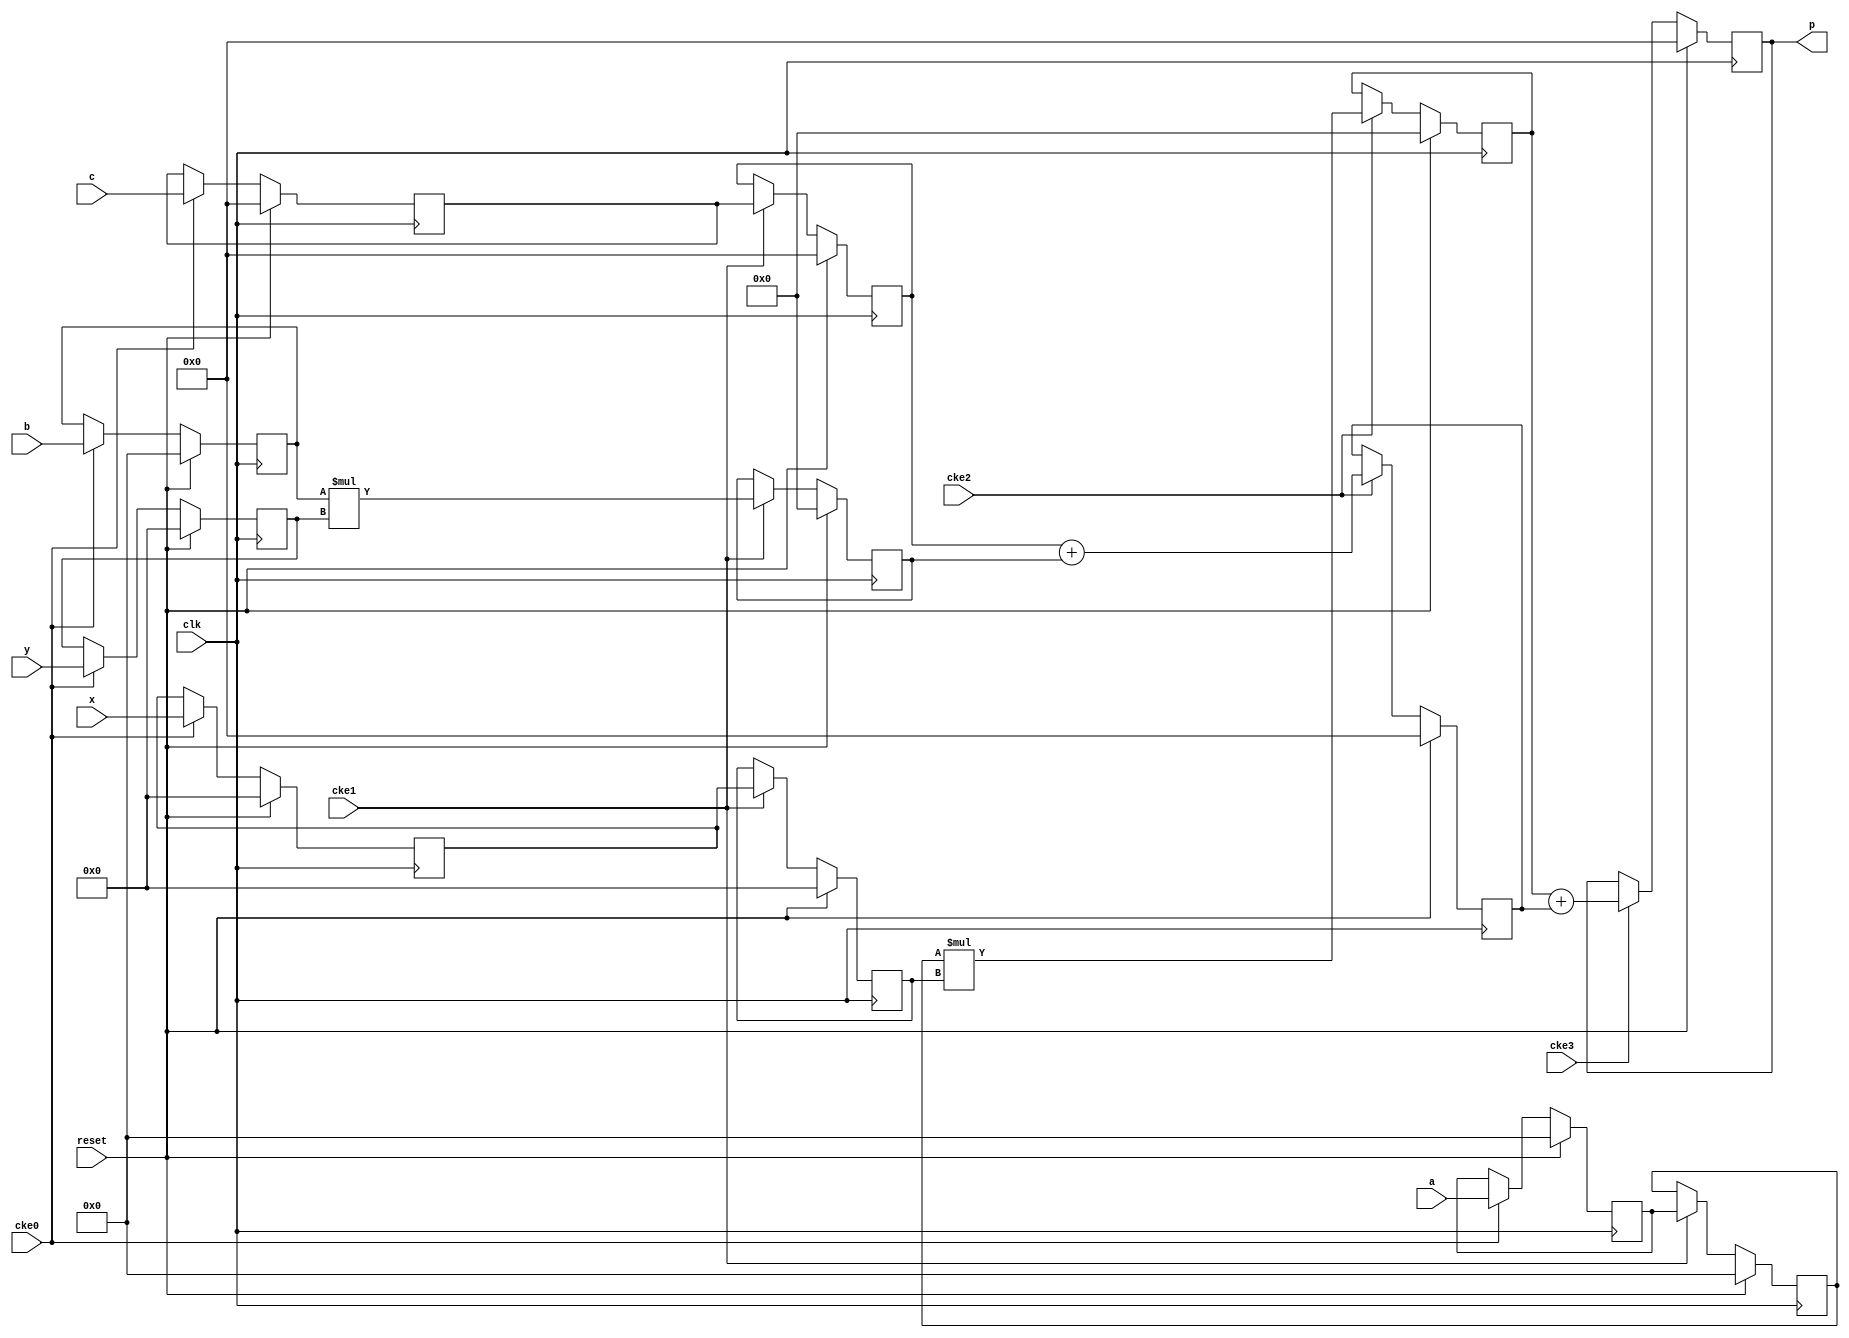
// ---------------------------------------------------------------------------
//  Jelly  -- The platform for real-time computing
//
//                                 Copyright (C) 2008-2016 by Ryuji Fuchikami
//                                 https://github.com/ryuz/jelly.git
// ---------------------------------------------------------------------------



`timescale 1ns / 1ps
`default_nettype none


// a*x + b*y + c
module jelly_mul_add2
        #(
            parameter   A_WIDTH      = 25,
            parameter   B_WIDTH      = 25,
            parameter   C_WIDTH      = 48,
            parameter   X_WIDTH      = 18,
            parameter   Y_WIDTH      = 18,
            parameter   P_WIDTH      = 48,
            parameter   STATIC_COEFF = 0,       // no dynamic change A,B,C
            parameter   DEVICE       = "RTL"    // "RTL" or "7SERIES"
        )
        (
            input   wire                            reset,
            input   wire                            clk,
            input   wire                            cke0,
            input   wire                            cke1,
            input   wire                            cke2,
            input   wire                            cke3,
            
            input   wire    signed  [A_WIDTH-1:0]   a,
            input   wire    signed  [B_WIDTH-1:0]   b,
            input   wire    signed  [C_WIDTH-1:0]   c,
            input   wire    signed  [X_WIDTH-1:0]   x,
            input   wire    signed  [Y_WIDTH-1:0]   y,
            
            output  wire    signed  [P_WIDTH-1:0]   p
        );
    
    localparam  MX_WIDTH = A_WIDTH + X_WIDTH;
    localparam  MY_WIDTH = B_WIDTH + Y_WIDTH;
    
    
    generate
    if ( DEVICE == "VIRTEX6" || DEVICE == "SPARTAN6" || DEVICE == "7SERIES" ) begin : blk_dsp48e1
        
        reg     signed  [C_WIDTH-1:0]   st0_c;
        
        always @(posedge clk) begin
            if ( reset ) begin
                st0_c <= {C_WIDTH{1'b0}};
            end
            else begin
                if ( cke0 ) begin
                    st0_c <= c;
                end
            end
        end
        
        wire    [47:0]          y_pcout;
        
        jelly_mul_add_dsp48e1
                #(
                    .A_WIDTH        (A_WIDTH),
                    .B_WIDTH        (X_WIDTH),
                    .C_WIDTH        (P_WIDTH),
                    .P_WIDTH        (P_WIDTH),
                    
                    .OPMODEREG      (0),
                    .ALUMODEREG     (0),
                    .AREG           (2),
                    .BREG           (2),
                    .CREG           (0),
                    .MREG           (1),
                    .PREG           (1),
                    
                    .USE_PCIN       (1),
                    .USE_PCOUT      (0),
                    
                    .DEVICE         (DEVICE)
                )
            i_mul_add_dsp48_x
                (
                    .reset          (reset),
                    .clk            (clk),
                    
                    .cke_ctrl       (1'b0),
                    .cke_alumode    (1'b0),
                    .cke_a0         (cke0),
                    .cke_b0         (cke0),
                    .cke_a1         (cke1),
                    .cke_b1         (cke1),
                    .cke_c          (1'b0),
                    .cke_m          (cke2),
                    .cke_p          (cke3),
                    
                    .op_load        (1'b1),
                    .alu_sub        (1'b0),
                    
                    .a              (a),
                    .b              (x),
                    .c              ({P_WIDTH{1'b0}}),
                    .p              (p),
                    
                    .pcin           (y_pcout),
                    .pcout          ()
                );
        
        jelly_mul_add_dsp48e1
                #(
                    .A_WIDTH        (B_WIDTH),
                    .B_WIDTH        (Y_WIDTH),
                    .C_WIDTH        (C_WIDTH),
                    .P_WIDTH        (P_WIDTH),
                    
                    .OPMODEREG      (0),
                    .ALUMODEREG     (0),
                    .AREG           (1),
                    .BREG           (1),
                    .CREG           (1),
                    .MREG           (1),
                    .PREG           (1),
                    
                    .USE_PCIN       (0),
                    .USE_PCOUT      (1),
                    
                    .DEVICE         (DEVICE)
                )
            i_mul_add_dsp48_y
                (
                    .reset          (reset),
                    .clk            (clk),
                    
                    .cke_ctrl       (1'b0),
                    .cke_alumode    (1'b0),
                    .cke_a0         (1'b0),
                    .cke_b0         (1'b0),
                    .cke_a1         (cke0),
                    .cke_b1         (cke0),
                    .cke_c          (cke1),
                    .cke_m          (cke1),
                    .cke_p          (cke2),
                    
                    .op_load        (1'b1),
                    .alu_sub        (1'b0),
                    
                    .a              (b),
                    .b              (y),
                    .c              (STATIC_COEFF ? c : st0_c),
                    .p              (),
                    
                    .pcin           (),
                    .pcout          (y_pcout)
                );
    end
    else begin
        reg     signed  [A_WIDTH-1:0]   st0_a;
        reg     signed  [B_WIDTH-1:0]   st0_b;
        reg     signed  [C_WIDTH-1:0]   st0_c;
        reg     signed  [X_WIDTH-1:0]   st0_x;
        reg     signed  [Y_WIDTH-1:0]   st0_y;
        
        reg     signed  [A_WIDTH-1:0]   st1_a;
        reg     signed  [C_WIDTH-1:0]   st1_c;
        reg     signed  [X_WIDTH-1:0]   st1_x;
        reg     signed  [MY_WIDTH-1:0]  st1_y;
        
        reg     signed  [MX_WIDTH-1:0]  st2_x;
        reg     signed  [P_WIDTH-1:0]   st2_y;
        
        reg     signed  [P_WIDTH-1:0]   st3_p;
        
        always @(posedge clk) begin
            if ( reset ) begin
                st0_a <= {A_WIDTH{1'b0}};
                st0_b <= {B_WIDTH{1'b0}};
                st0_c <= {C_WIDTH{1'b0}};
                st0_x <= {X_WIDTH{1'b0}};
                st0_y <= {Y_WIDTH{1'b0}};
                
                st1_a <= {A_WIDTH{1'b0}};
                st1_c <= {C_WIDTH{1'b0}};
                st1_x <= {X_WIDTH{1'b0}};
                st1_y <= {MY_WIDTH{1'b0}};
                
                st2_x <= {MX_WIDTH{1'b0}};
                st2_y <= {P_WIDTH{1'b0}};
                
                st3_p <= {P_WIDTH{1'b0}};
            end
            else begin
                if ( cke0 ) begin
                    st0_a <= a;
                    st0_b <= b;
                    st0_c <= c;
                    st0_x <= x;
                    st0_y <= y;
                end
                
                if ( cke1 ) begin
                    st1_a <= st0_a;
                    st1_c <= STATIC_COEFF ? c : st0_c;
                    st1_x <= st0_x;
                    st1_y <= st0_b * st0_y;
                end
                
                if ( cke2 ) begin
                    st2_x <= st1_a * st1_x;
                    st2_y <= st1_c + st1_y;
                end
                
                if ( cke3 ) begin
                    st3_p <= st2_x + st2_y;
                end
            end
        end
        
        assign p = st3_p;
    end
    endgenerate
    
endmodule


`default_nettype wire


// end of file